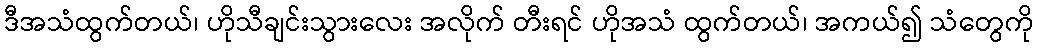
ဒီအသံထွက်တယ်၊ ဟိုသီချင်းသွားလေး အလိုက် တီးရင် ဟိုအသံ ထွက်တယ်၊ အကယ်၍ သံတွေကို